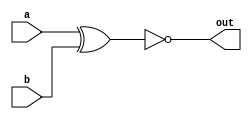
module top_module( 
    input a, 
    input b, 
    output out );
  assign out = ~(a ^ b);    // ^ is bitwise-xor and there is no logical-xor
endmodule